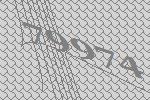
79974